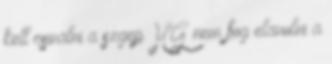
kell csinalni a szgep HG nem fog elavulni a